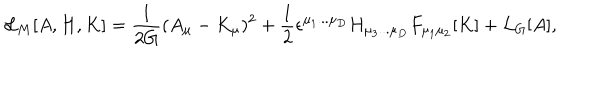
{ \cal L } _ { M } [ A , H , K ] = { \frac { 1 } { 2 G } } ( A _ { \mu } - K _ { \mu } ) ^ { 2 } + { \frac { 1 } { 2 } } \epsilon ^ { \mu _ { 1 } . . . \mu _ { D } } H _ { \mu _ { 3 } . . . \mu _ { D } } F _ { \mu _ { 1 } \mu _ { 2 } } [ K ] + { \cal L } _ { G } [ A ] ,